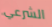
الشرعي